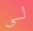
لي